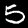
Label: 5